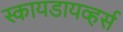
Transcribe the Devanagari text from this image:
स्कायडायव्हर्स